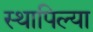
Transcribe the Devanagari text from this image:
स्थापिल्या